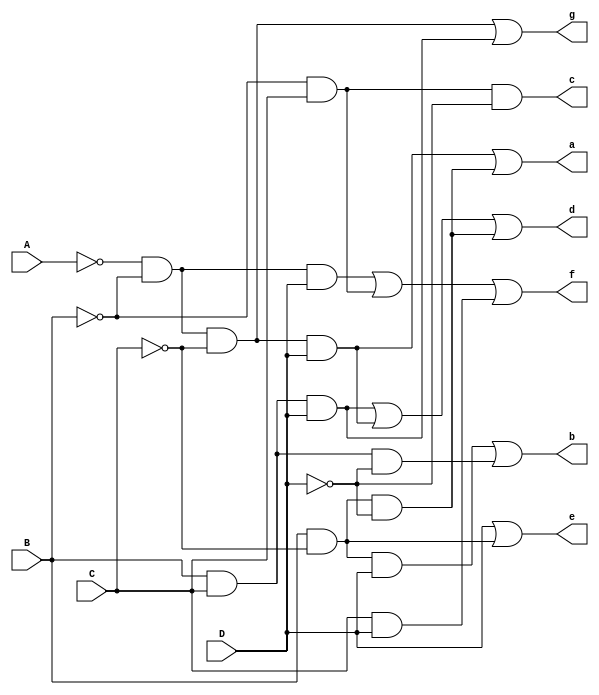
module decoder7segDigit(A, B, C, D, a, b, c, d, e, f, g);

	// Declaraao de entradas e saidas
	input A, B, C, D;
	output a, b, c, d, e, f, g;
	
	// Declaraao de fios intermediarios
	wire A_, B_, C_, D_;
	wire and0Wire, and1Wire, and2Wire, and3Wire, and5Wire, and6Wire, and7Wire, and8Wire, and9Wire, and10Wire;
	
	// Logica do digito
	not not0 (A_, A);
	not not1 (B_, B);
	not not2 (C_, C);
	not not3 (D_, D);
	
	// Led a
	and and0 (and0Wire, A_, B_, C_, D);
	and and1 (and1Wire, B, C_, D_);
	or or0 (a, and0Wire, and1Wire);
	
	// Led b
	and and2 (and2Wire, B, C_, D);
	and and3 (and3Wire, B, C, D_);
	or or1 (b, and2Wire, and3Wire);
	
	// Led c
	and and4 (c, B_, C, D_);
	
	// Led d
	and and5 (and5Wire, B, C, D);
	or or2 (d, and5Wire, and0Wire, and1Wire);
	
	// Led e
	and and6 (and6Wire, B, C_);
	or or3 (e, D, and6Wire);
	
	// Led f
	and and7 (and7Wire, A_, B_, D);
	and and8 (and8Wire, B_, C);
	and and9 (and9Wire, C, D);
	or or4 (f, and7Wire, and8Wire, and9Wire);
	
	// Led g
	and and10 (and10Wire, A_, B_, C_);
	or or5 (g, and10Wire, and5Wire);
	
endmodule